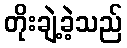
တိုးချဲ့ခဲ့သည်